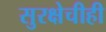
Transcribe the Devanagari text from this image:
सुरक्षेचीही